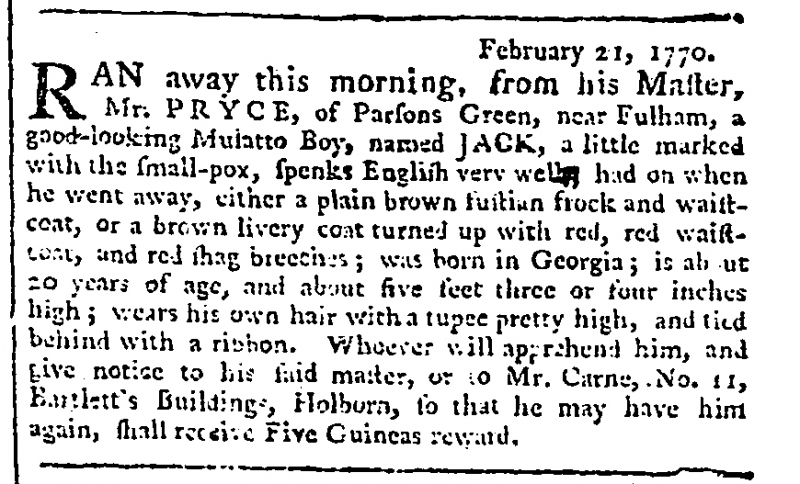
Gazetteer and New Daily Advertiser, 22 February 1770 (England)
               February 21, 1770.RAN away from this morning, from his Master, Mr. PRYCE, of Parsons Green, near Fulham, a good-looking Mulatto Boy, named JACK, a little marked with the small-pox, speaks English very well, had on when he went away, either a plain brown fustian frock and waistcoat, or a brown livery coat turned up with red, red waistcoat, and red shag breeches; was born in Georgia; is about 20 years of age, and about five feet three or four inches high; wears his own hair with a tupee pretty high, and tied behind with a ribbon. Whoever will apprehend him, and give notice to his said master, or to Mr. Carne, No. 11, Bartlett’s Buildings, Holborn, so that he may have him again, shall receive Five Guineas reward.